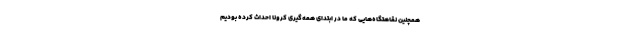
همچنین نقاهتگاه‌هایی که ما در ابتدای همه‌گیری کرونا احداث کرده بودیم